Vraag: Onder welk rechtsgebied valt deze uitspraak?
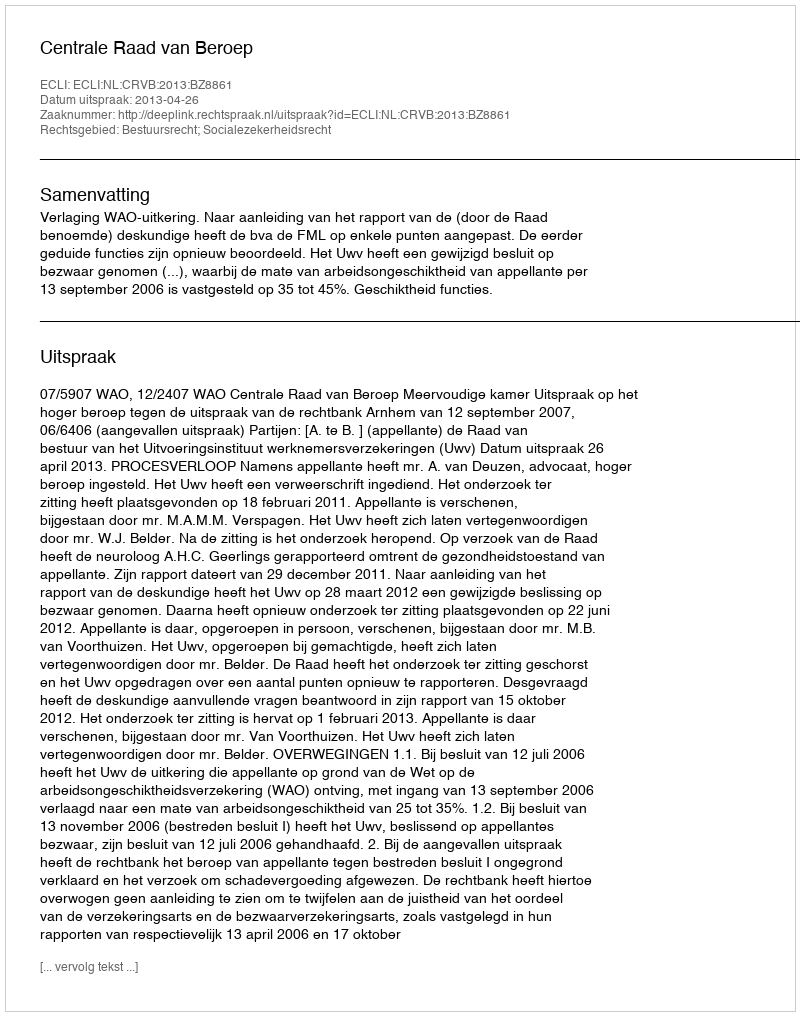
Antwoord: Bestuursrecht; Socialezekerheidsrecht